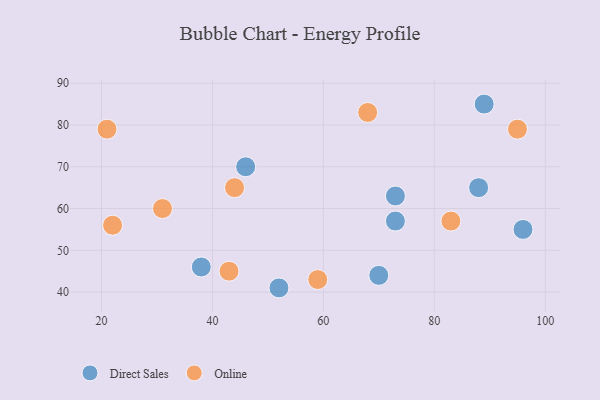
{"axis": {"x": "GDP", "y": "Life Expectancy"}, "legend": ["Direct Sales", "Online"], "data": [{"x": "96", "y": 55, "type": "Direct Sales"}, {"x": "38", "y": 46, "type": "Direct Sales"}, {"x": "70", "y": 44, "type": "Direct Sales"}, {"x": "89", "y": 85, "type": "Direct Sales"}, {"x": "88", "y": 65, "type": "Direct Sales"}, {"x": "73", "y": 57, "type": "Direct Sales"}, {"x": "73", "y": 63, "type": "Direct Sales"}, {"x": "46", "y": 70, "type": "Direct Sales"}, {"x": "52", "y": 41, "type": "Direct Sales"}, {"x": "68", "y": 83, "type": "Online"}, {"x": "31", "y": 60, "type": "Online"}, {"x": "44", "y": 65, "type": "Online"}, {"x": "59", "y": 43, "type": "Online"}, {"x": "22", "y": 56, "type": "Online"}, {"x": "43", "y": 45, "type": "Online"}, {"x": "21", "y": 79, "type": "Online"}, {"x": "83", "y": 57, "type": "Online"}, {"x": "95", "y": 79, "type": "Online"}]}